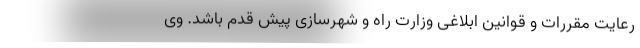
رعایت مقررات و قوانین ابلاغی وزارت راه و شهرسازی پیش قدم باشد. وی